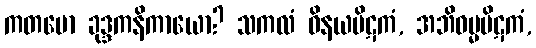
ကတမော ခုဒ္ဒကနိကာယော? သကလံ ဝိနယပိဋကံ, အဘိဓမ္မပိဋကံ,